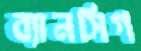
ব্যানসিগ